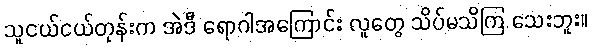
သူငယ်ငယ်တုန်းက အဲဒီ ရောဂါအကြောင်း လူတွေ သိပ်မသိကြ သေးဘူး။